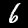
Digit: 6